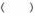
()